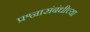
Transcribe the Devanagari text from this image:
प्रश्नासंबंधीच्या